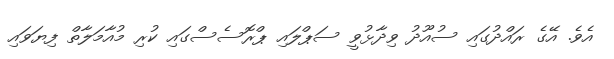
އެވެ. އޭގެ ރައްދުގައި ސުއޫދު ވިދާޅުވީ ސަޕްލައި ޕްރޮސެސްގައި ކުރި މުއާމަލާތް ފިޔަވައި